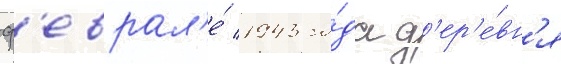
ф'еврал'е́ 1943 го́да д'ер'е́вн'я